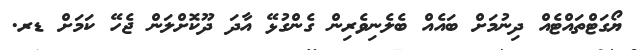
ޔޯގަޓްތައްޓެއް ދިނުމަށް ބައެއް ބެލެނިވެރިން ގެންގުޅޭ އާދަ ދޫކޮށްލަން ޖެހޭ ކަމަށް ޑރ.